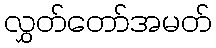
လွှတ်တော်အမတ်